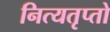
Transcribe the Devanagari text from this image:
नित्यतृप्तो